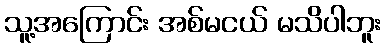
သူ့အကြောင်း အစ်မငယ် မသိပါဘူး